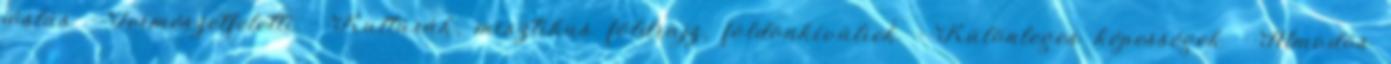
jóslás --Természetfeletti --Kultúrák, misztikus földrajz, földönkívüliek --Különleges képességek --Álmodós